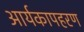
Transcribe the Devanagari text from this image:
आर्यकापहरण